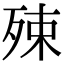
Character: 殐